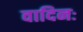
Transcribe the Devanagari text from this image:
वादिनः